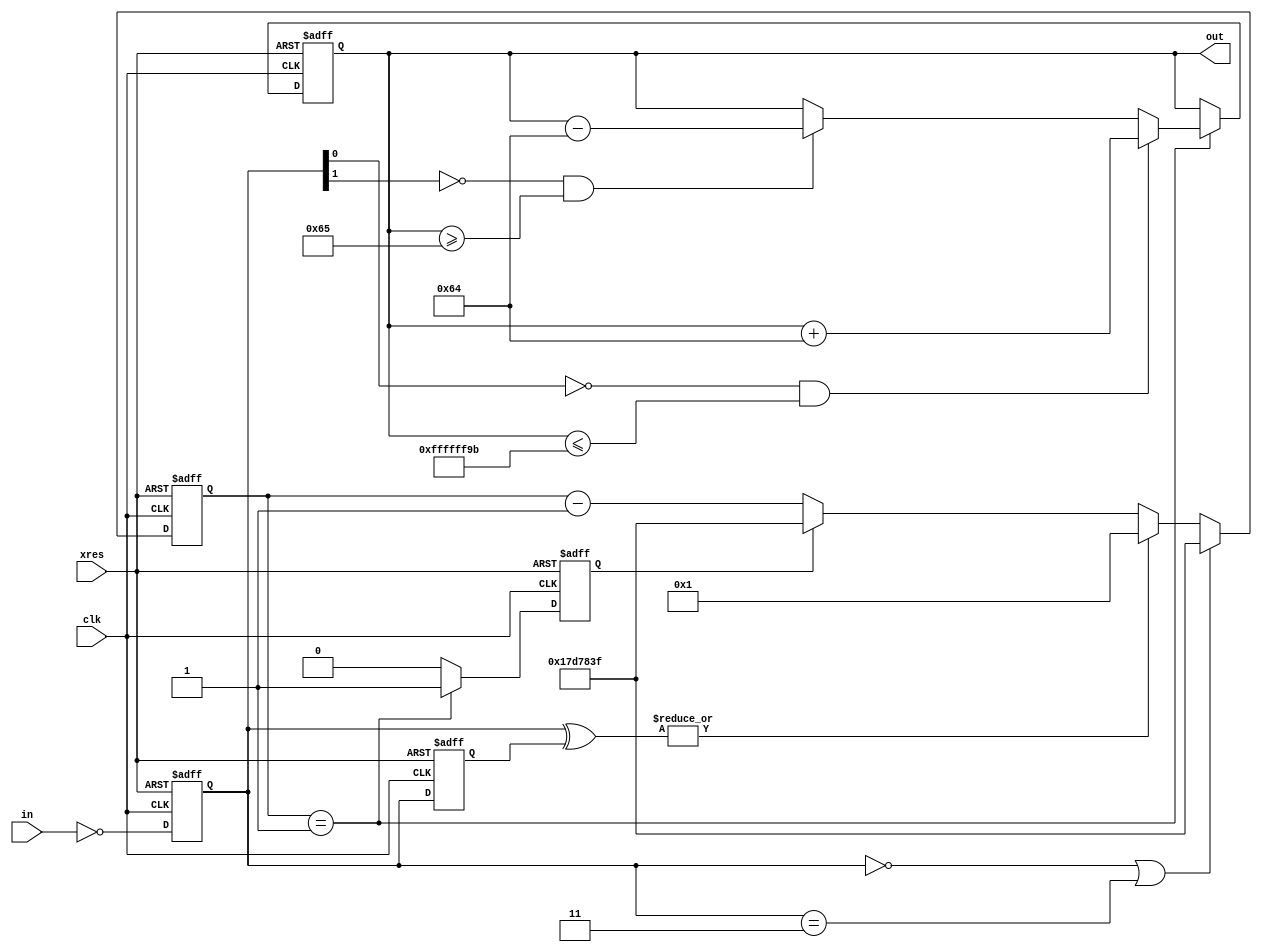
/* Divider */
module divider_cont
#( parameter INIT = 32'd24999999, OUT_MIN = 32'd1, OUT_MAX = 32'hffffffff,
T_STEP = 32'd100, T_REFRESH = 32'd24999999 ) (
clk, xres, in, out );
// INIT: 
// OUT_MIN: 
// OUT_MAX: 
// T_STEP: 
// T_REFRESH: 
    
    input clk, xres;
    input [1:0] in;     // [10]:[01]:[00][11]
    output [31:0] out;  // 
        
    reg [31:0] cnt, out;
    reg [1:0] in_1d, in_2d;
    reg cnt_res;
    
    wire in_tgl;
    
    // 
    always @( posedge clk or negedge xres )
    begin
        if ( xres == 1'b0 ) begin
            in_1d <= 2'b00;
            in_2d <= 2'b00;
        end
        else begin
            in_1d <= ~in;
            in_2d <= in_1d;
        end
    end
    assign in_tgl = |(in_1d ^ in_2d);
            
    
    // 
    always @( posedge clk or negedge xres )
    begin
        if ( xres == 1'b0 )
            cnt <= T_REFRESH;
        else if ( (in_1d == 2'b00) || (in_1d == 2'b11) )
            cnt <= T_REFRESH;
        else begin
            if ( in_tgl == 1'b1 )
                cnt <= 32'd1;
            else if ( cnt_res == 1'b1 )
                cnt <= T_REFRESH;
            else
                cnt <= cnt - 1'b1;
        end
    end
        
/*     always @( posedge clk or negedge xres )
    begin
        if ( xres == 1'b0 )
            cnt <= T_REFRESH;
        else if ( (in == 2'b00) || (in == 2'b11) )
            cnt <= T_REFRESH;
        else begin
            if ( in_tgl == 1'b1 )
                cnt <= 32'd1;
            else if ( cnt_res == 1'b1 )
                cnt <= T_REFRESH;
            else
                cnt <= cnt - 1'b1;
        end
    end
 */        
    // (cnt=1)
    always @( posedge clk or negedge xres )
    begin
        if ( xres == 1'b0 ) begin
            out <= INIT;
            cnt_res <= 1'b0;
        end
        else if ( cnt == 32'd1 ) begin
            if ( ( in_1d[0] == 1'b0 ) && ( out <= OUT_MAX - T_STEP ) )
                out <= out + T_STEP;
            else if ( ( in_1d[1] == 1'b0 ) && ( out >= OUT_MIN + T_STEP ) )
                out <= out - T_STEP;
            else
                out <= out;
            cnt_res <= 1'b1;
        end
        else begin
            out <= out;
            cnt_res <= 1'b0;
        end
    end
    
/*     // (cnt=1)
    always @( posedge clk or negedge xres )
    begin
        if ( xres == 1'b0 ) begin
            out <= INIT;
            cnt_res <= 1'b0;
        end
        else if ( cnt == 32'd1 ) begin
            if ( ( in[0] == 1'b0 ) && ( out <= OUT_MAX - T_STEP ) )
                out <= out + T_STEP;
            else if ( ( in[1] == 1'b0 ) && ( out >= OUT_MIN + T_STEP ) )
                out <= out - T_STEP;
            else
                out <= out;
            cnt_res <= 1'b1;
        end
        else begin
            out <= out;
            cnt_res <= 1'b0;
        end
    end
 */endmodule